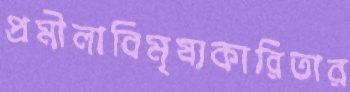
প্রমীলাবিমৃষ্যকারিতার